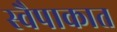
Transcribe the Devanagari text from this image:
स्वैपाकात